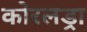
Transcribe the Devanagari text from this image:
कोरलड्रा